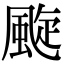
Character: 颴